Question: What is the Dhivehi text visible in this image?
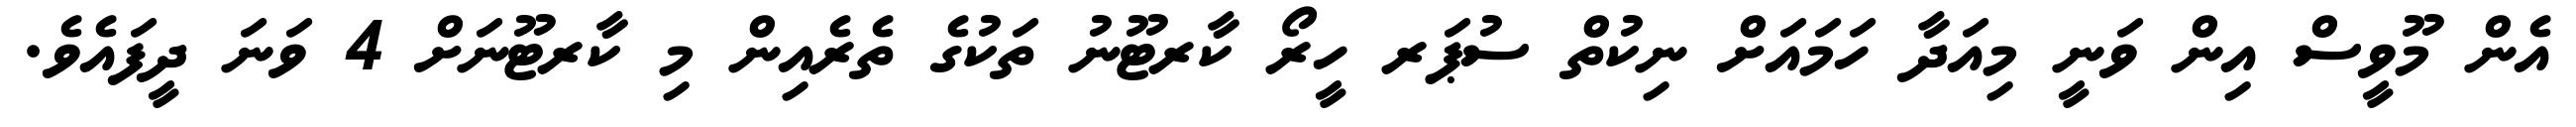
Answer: އެން މޫވީސް އިން ވަނީ މިއަދާ ހަމައަށް ނިކުތް ސުޕަރ ހީރޯ ކާރޓޫނު ތަކުގެ ތެރެއިން މި ކާރޓޫނަށް 4 ވަނަ ދީފައެވެ.